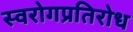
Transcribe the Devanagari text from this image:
स्वरोगप्रतिरोध